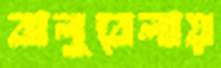
বালুবেলায়